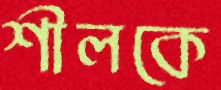
শীলকে